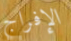
الإفراج